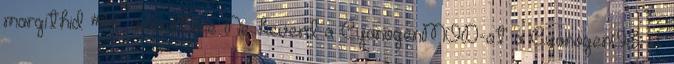
margithid #14 üzenetére Ne keverd a CyanogenMOD-ot a CyanogenOS-el.